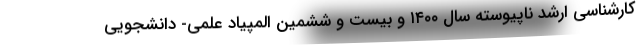
کارشناسی ارشد ناپیوسته سال ۱۴۰۰ و بیست و ششمین المپیاد علمی- دانشجویی